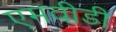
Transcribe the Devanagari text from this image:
एमवीडी